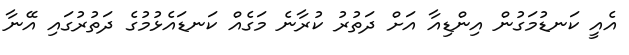
އެއީ ކަނޑުމަގުން އިންޑިއާ އަށް ދަތުރު ކުރާނެ މަގެއް ކަނޑައެޅުމުގެ ދަތުރުގައި އޭނާ